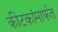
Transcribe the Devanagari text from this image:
कीटकांमार्फत